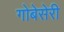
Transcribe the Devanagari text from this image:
गोबेसेरी